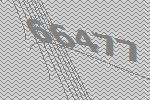
66477